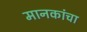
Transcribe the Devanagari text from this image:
मानकांचा